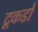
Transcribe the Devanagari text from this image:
टूकडों